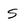
Character: S